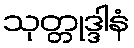
သုတ္တုဒ္ဒါနံ